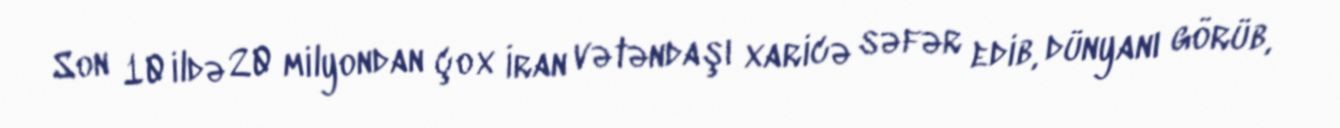
Son 10 ildə 20 milyondan çox İran vətəndaşı xaricə səfər edib, dünyanı görüb,